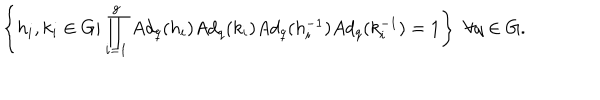
\left\{ h _ { i } , k _ { i } \in G \vert \prod _ { i = 1 } ^ { g } A d _ { q } ( h _ { i } ) A d _ { q } ( k _ { i } ) A d _ { q } ( h _ { i } ^ { - 1 } ) A d _ { q } ( k _ { i } ^ { - 1 } ) = 1 \right\} \, \, \forall q \in G .